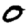
Digit: 0